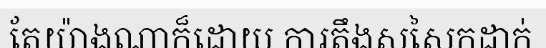
តែយ៉ាងណាក៏ដោយ ការតឹងសសៃកដាក់